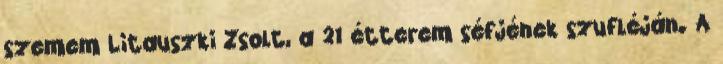
szemem Litauszki Zsolt, a 21 étterem séfjének szufléján. A